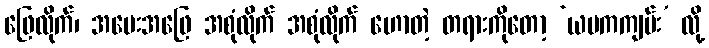
ဖြေလိုက်၊ အမေးအဖြေ အစုံလိုက် အစုံလိုက် ဟောတဲ့ တရားကိုတော့ ‘ယမကကျမ်း’ လို့